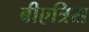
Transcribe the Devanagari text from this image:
बीएत्रिस